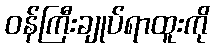
ဝန်ကြီးချုပ်ရာထူးကို